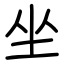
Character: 坐